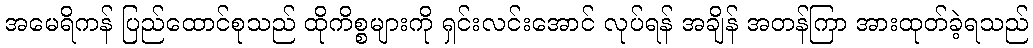
အမေရိကန် ပြည်ထောင်စုသည် ထိုကိစ္စများကို ရှင်းလင်းအောင် လုပ်ရန် အချိန် အတန်ကြာ အားထုတ်ခဲ့ရသည်